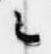
之